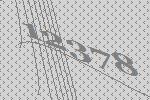
12378